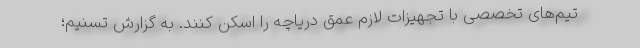
تیم‌های تخصصی با تجهیزات لازم عمق دریاچه را اسکن کنند. به گزارش تسنیم؛